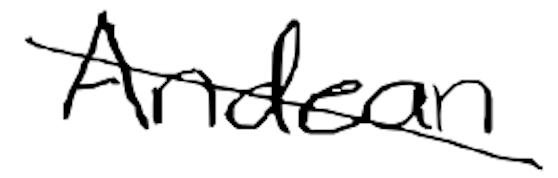
Text: Andean
Cross-out: diagonal
Writing tool: digital_black